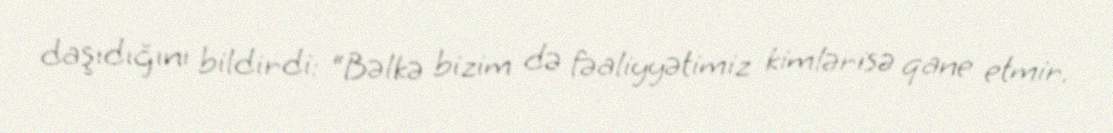
daşıdığını bildirdi: “Bəlkə bizim də fəaliyyətimiz kimlərisə qane etmir.